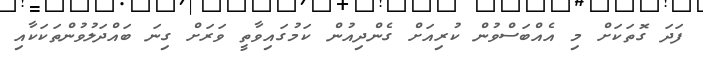
ފަދަ ގޮތަކަށް މި އެއްބަސްވުން ކުރިއަށް ގެންދިއުން ކަމުގައިވާތީ ވަރަށް ގިނަ ބައްދަލުވުންތަކަކާއި